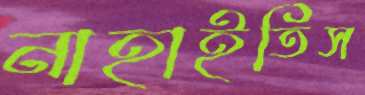
নাহাইতিস